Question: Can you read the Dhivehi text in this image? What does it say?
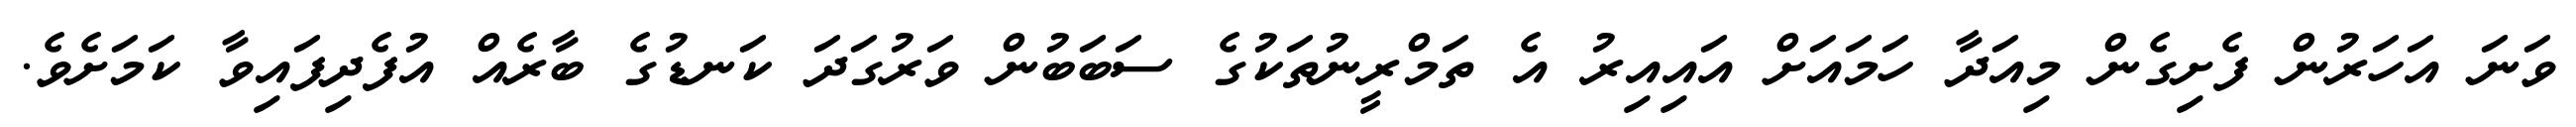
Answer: ވަނަ އަހަރުން ފެށިގެން މިއަދާ ހަމައަށް އައިއިރު އެ ތަމްރީނުތަކުގެ ސަބަބުން ވަރުގަދަ ކަނޑުގެ ބާރެއް އުފެދިފައިވާ ކަމަށެވެ.